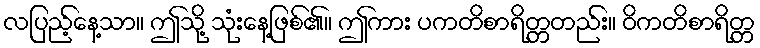
လပြည့်နေ့သာ။ ဤသို့ သုံးနေ့ဖြစ်၏။ ဤကား ပကတိစာရိတ္တတည်း။ ဝိကတိစာရိတ္တ